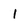
Character: I